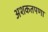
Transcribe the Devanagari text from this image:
अशकतपणा